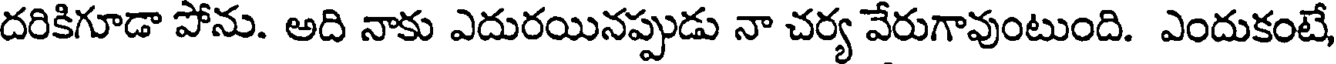
దరికిగూడా పోను. అది నాకు ఎదురయినప్పుడు నా చర్య వేరుగావుంటుంది. ఎందుకంటే,